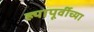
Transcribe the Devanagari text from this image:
ह्यापूर्वीच्या